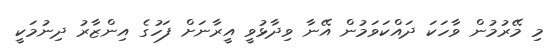
މި މޭރުމުން ވާހަކަ ދައްކަވަމުން އޭނާ ވިދާޅުވީ އީރާނަށް ފަހުގެ އިންޒާރު ދިނުމަކީ